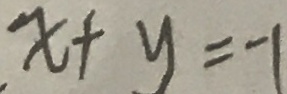
x + y = - 1